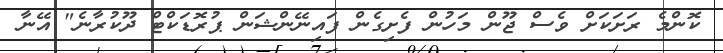
ކޮންމެ ރަށަކަށް ވެސް ޖޫން މަހުން ފެށިގެން ފައިނޭންޝަން ޕުރޮޑަކްޓް ދޫކުރާނެ" އޭނާ